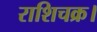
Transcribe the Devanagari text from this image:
राशिचक्र।